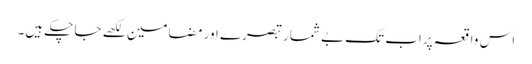
اس واقعہ پر اب تک بے شمار تبصرے اور مضامین لکھے جا چکے ہیں۔